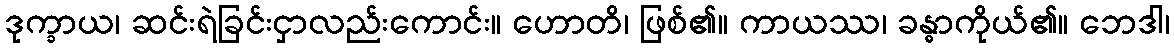
ဒုက္ခာယ၊ ဆင်းရဲခြင်းငှာလည်းကောင်း။ ဟောတိ၊ ဖြစ်၏။ ကာယဿ၊ ခန္ဓာကိုယ်၏။ ဘေဒါ၊